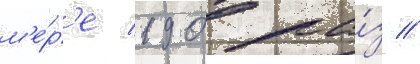
м'е́р'е 190 ра́з //